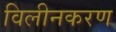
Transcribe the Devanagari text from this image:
विलीनकरण